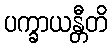
ပက္ခာယန္တီတိ